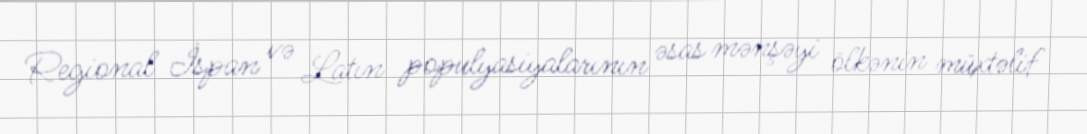
Regional İspan və Latın populyasiyalarının əsas mənşəyi ölkənin müxtəlif